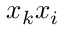
x _ { k } x _ { i }